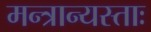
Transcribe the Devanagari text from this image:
मन्त्रान्यस्ताः